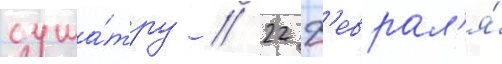
сума́тру / 22 ф'еврал'я́